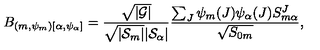
B _ { ( m , \psi _ { m } ) [ \alpha , \psi _ { \alpha } ] } = { \frac { \sqrt { | \cal G | } } { \sqrt { | { \cal S } _ { m } | } | { \cal S } _ { \alpha } | } } { \frac { \sum _ { J } \psi _ { m } ( J ) \psi _ { \alpha } ( J ) { S } _ { m \alpha } ^ { J } } { \sqrt { { S } _ { 0 m } } } } ,